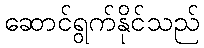
ဆောင်ရွက်နိုင်သည်